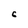
Character: C